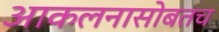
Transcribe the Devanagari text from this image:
आकलनासोबतच